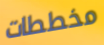
مخططات